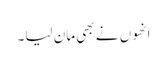
انھوں نے بھی مان لیا۔